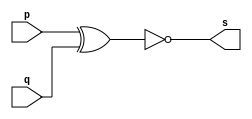
// -------------------------
// Exercicio03 - XNOR
// Nome: Thaise Souto Martins
// ------------------------- 
 
// ------------------------- 
// -- xnor gate 
// ------------------------- 

module xnorgate (output s, input p, input q);
	assign s = ~(p^q); 
endmodule

// --------------------- 
// -- test nor gate 
// --------------------- 

module testxnorgate;
	// ------------------------- dados locais 
	reg a, b;
	wire s;
	// ------------------------- instancia 
	   xnorgate XNOR1 (s, a, b);
	// ------------------------- preparacao 
	initial 
	begin: start
		a=0; 
		b=0;
	end
// ------------------------- parte principal 
	initial 
	begin : principal
		$display("Exercicio03  - Thaise Souto Martins - 395504");
      $display("Test XNOR gate"); 
      $display("\n ~(a^b) = s\n");
		a=00;
		b=00;
		$monitor("~(%b^%b) = %b", a, b, s);
		#1 b=1;
		#1 a=1;
			b=0;
		#1 b=1;  
	end

endmodule
    // Exercicio03  - Thaise Souto Martins - 395504
    // Test XNOR gate
    // 
    // ~(a^b) = s
    // 
    // ~(0^0) = 1
    // ~(0^1) = 0
    // ~(1^0) = 0
    // ~(1^1) = 1